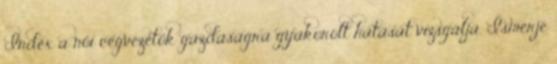
Index a női cégvezetők gazdaságra gyakorolt hatását vizsgálja. Ismerje